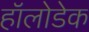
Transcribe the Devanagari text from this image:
हॉलोडेक